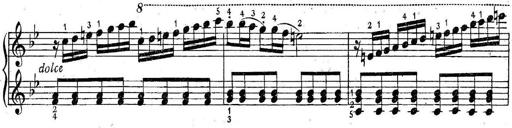
Title: 6 Easy Sonatinas
Composer: Carl Czerny